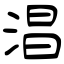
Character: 淐